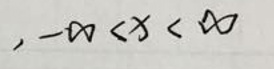
$, -\infty < x < \infty$